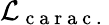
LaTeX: \mathcal{L}_{\mathrm{~c~a~r~a~c~.~}}